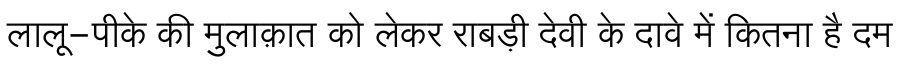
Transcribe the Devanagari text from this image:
लालू-पीके की मुलाक़ात को लेकर राबड़ी देवी के दावे में कितना है दम